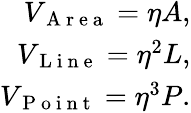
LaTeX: \begin{array}{r}{V_{\mathrm{~A~r~e~a~}}=\eta A,}\\ {V_{\mathrm{~L~i~n~e~}}=\eta^{2}L,}\\ {V_{\mathrm{~P~o~i~n~t~}}=\eta^{3}P.}\end{array}